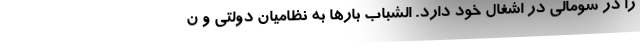
را در سومالی در اشغال خود دارد. الشباب بارها به نظامیان دولتی و ن